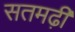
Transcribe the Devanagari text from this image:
सतमढ़ी